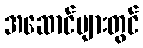
အဆောင်များတွင်